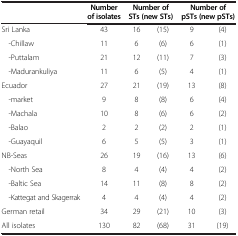
<table><thead><tr><td><b> </b></td><td><b>Number of isolates</b></td><td colspan="2"><b>Number of STs (new STs)</b></td><td colspan="2"><b>Number of pSTs (new pSTs)</b></td></tr></thead><tbody><tr><td>Sri Lanka</td><td>43</td><td>16</td><td>(15)</td><td>9</td><td>(4)</td></tr><tr><td> -Chillaw</td><td>11</td><td>6</td><td>(6)</td><td>6</td><td>(1)</td></tr><tr><td> -Puttalam</td><td>21</td><td>12</td><td>(11)</td><td>7</td><td>(3)</td></tr><tr><td> -Madurankuliya</td><td>11</td><td>6</td><td>(5)</td><td>4</td><td>(1)</td></tr><tr><td>Ecuador</td><td>27</td><td>21</td><td>(19)</td><td>13</td><td>(8)</td></tr><tr><td> -market</td><td>9</td><td>8</td><td>(8)</td><td>6</td><td>(4)</td></tr><tr><td> -Machala</td><td>10</td><td>8</td><td>(6)</td><td>6</td><td>(2)</td></tr><tr><td> -Balao</td><td>2</td><td>2</td><td>(2)</td><td>2</td><td>(1)</td></tr><tr><td> -Guayaquil</td><td>6</td><td>5</td><td>(5)</td><td>3</td><td>(1)</td></tr><tr><td>NB-Seas</td><td>26</td><td>19</td><td>(16)</td><td>13</td><td>(6)</td></tr><tr><td> -North Sea</td><td>8</td><td>4</td><td>(4)</td><td>4</td><td>(2)</td></tr><tr><td> -Baltic Sea</td><td>14</td><td>11</td><td>(8)</td><td>8</td><td>(2)</td></tr><tr><td> -Kattegat and Skagerrak</td><td>4</td><td>4</td><td>(4)</td><td>4</td><td>(2)</td></tr><tr><td>German retail</td><td>34</td><td>29</td><td>(21)</td><td>10</td><td>(3)</td></tr><tr><td>All isolates</td><td>130</td><td>82</td><td>(68)</td><td>31</td><td>(19)</td></tr></tbody></table>